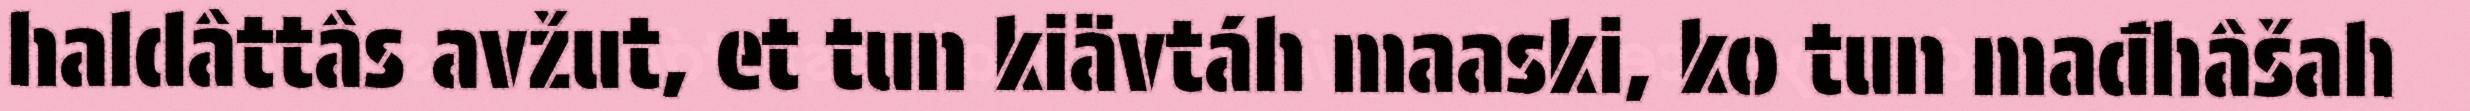
haldâttâs avžut, et tun kiävtáh maaski, ko tun mađhâšah